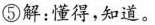
⑤解：懂得，知道。